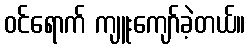
ဝင်ရောက် ကျူးကျော်ခဲ့တယ်။